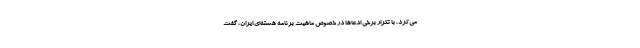
می‌کرد، با تکرار برخی ادعاها در خصوص ماهیت برنامه هسته‌ای ایران، گفت